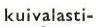
kuivalasti-